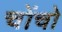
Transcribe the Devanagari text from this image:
चोंचो